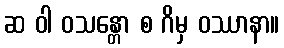
ဆ ဝါ ဝသန္တော စ ဂိမှ ဝဿာနာ။